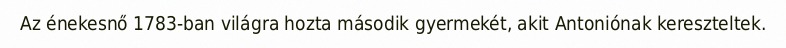
Az énekesnő 1783-ban világra hozta második gyermekét, akit Antoniónak kereszteltek.